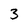
Character: 3